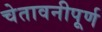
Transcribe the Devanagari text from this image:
चेतावनीपूर्ण